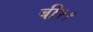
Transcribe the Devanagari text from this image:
बी११